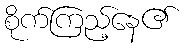
စိုက်ကြည့်နေ၏